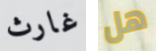
غارث هل